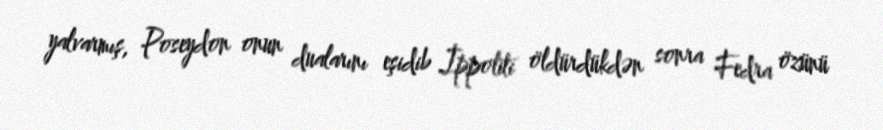
yalvarmış, Poseydon onun dualarını eşidib İppoliti öldürdükdən sonra Fedra özünü